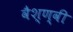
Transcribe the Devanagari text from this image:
वैश्ण्वी